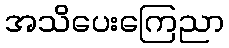
အသိပေးကြေညာ